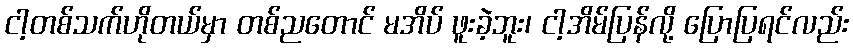
ငါ့တစ်သက်ဟိုတယ်မှာ တစ်ညတောင် မအိပ် ဖူးခဲ့ဘူး၊ ငါ့အိမ်ပြန်လို့ ပြောပြရင်လည်း